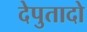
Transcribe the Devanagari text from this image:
देपुतादो